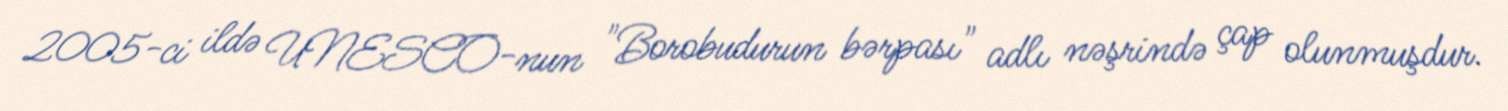
2005-ci ildə UNESCO-nun "Borobudurun bərpası" adlı nəşrində çap olunmuşdur.